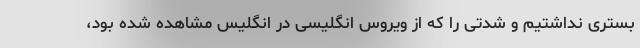
بستری نداشتیم و شدتی را که از ویروس انگلیسی در انگلیس مشاهده شده بود،